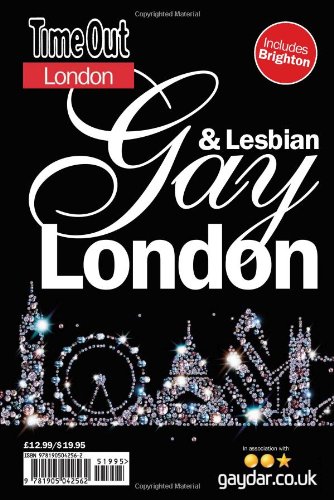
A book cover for Time Out Gay and Lesbian London (Time Out Guides); Gay & Lesbian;